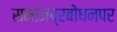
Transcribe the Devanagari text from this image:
समाजप्रबोधनपर